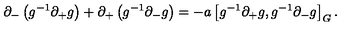
\partial _ { - } \left( g ^ { - 1 } \partial _ { + } g \right) + \partial _ { + } \left( g ^ { - 1 } \partial _ { - } g \right) = - a \left[ g ^ { - 1 } \partial _ { + } g , g ^ { - 1 } \partial _ { - } g \right] _ { G } .